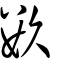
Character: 𥹰